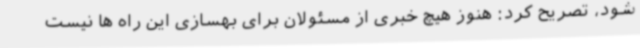
شود، تصریح کرد: هنوز هیچ خبری از مسئولان برای بهسازی این راه ها نیست